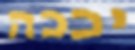
יככה